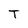
Character: T